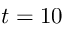
t = 1 0